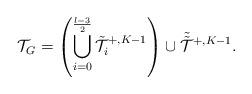
LaTeX: \begin{align*} \mathcal{T}_G = \left( \bigcup_{i=0}^\frac{l-3}{2} \tilde{\mathcal{T}}^{+, K-1}_i \right) \cup \tilde{{\tilde{\mathcal{T}}}}^{+, K-1}.\end{align*}